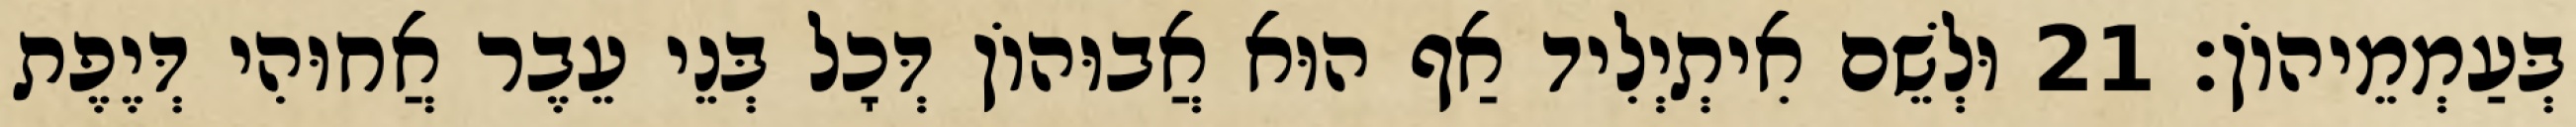
בְּעַמְמֵיהוֹן׃ 21 וּלְשֵׁם אִיתְיְלִיד אַף הוּא אֲבוּהוֹן דְּכָל בְּנֵי עֵבֶר אֲחוּהִי דְּיֶפֶת